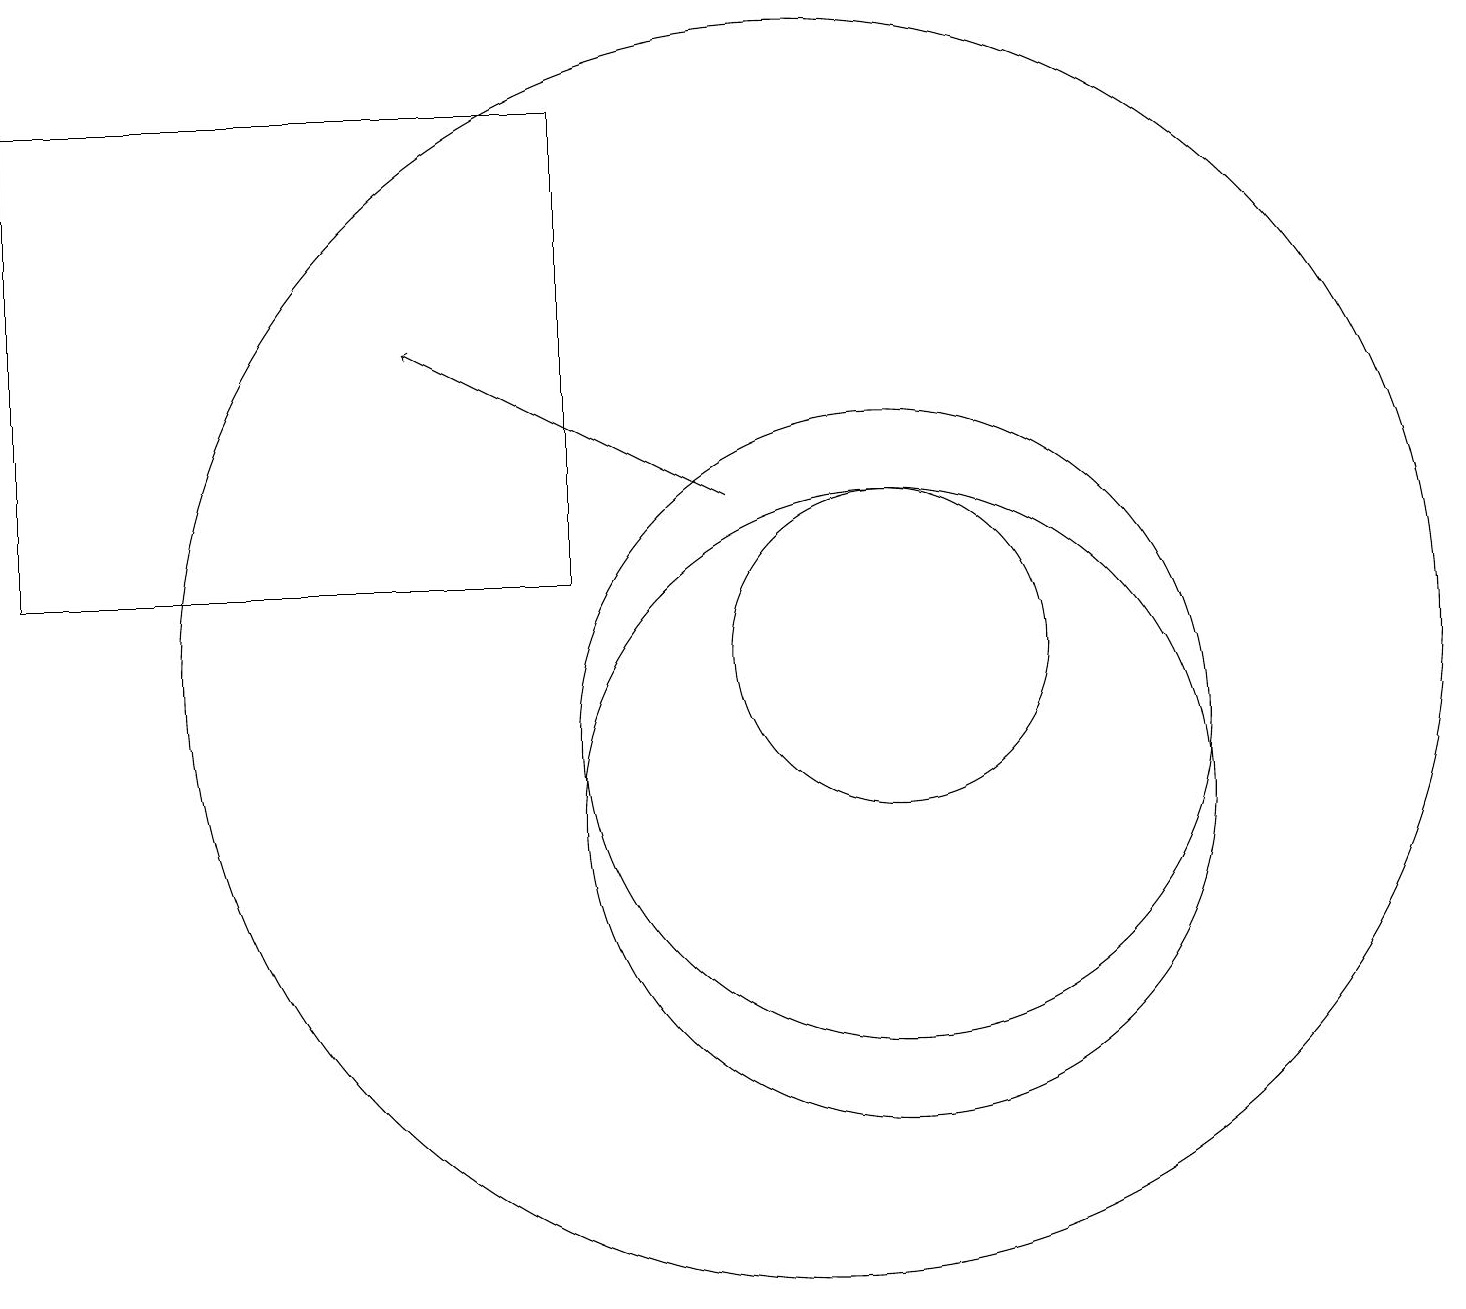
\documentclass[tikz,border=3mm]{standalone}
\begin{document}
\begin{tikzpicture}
\draw (11,12) circle (2);
\draw (10,12) circle (8);
\draw (7,19) rectangle (0,13);
\draw (11,10) circle (4);
\draw[->] (9,14) -- (5,16);
\draw (11,11) circle (4);
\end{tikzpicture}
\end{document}